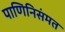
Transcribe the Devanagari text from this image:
पाणिनिसंमत